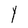
Character: Y